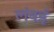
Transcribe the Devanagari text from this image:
लंबई